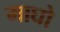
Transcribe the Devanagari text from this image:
माघो